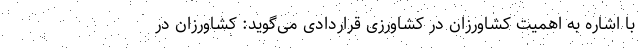
با اشاره به اهمیت کشاورزان در کشاورزی قراردادی می‌گوید: کشاورزان در